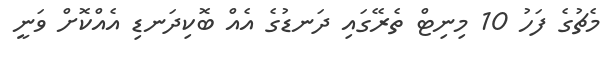
މެޗުގެ ފަހު 10 މިނިޓް ތެރޭގައި ދަނޑުގެ އެއް ބޮކިދަނޑި އެއްކޮށް ވަނީ